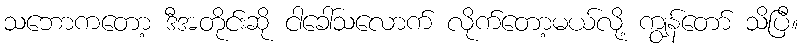
သဘောကတော့ ဒီအတိုင်းဆို ငါခေါ်သလောက် လိုက်တော့မယ်လို့ ကျွန်တော် သိပြီ။